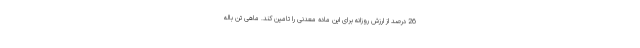
26 درصد از ارزش روزانه برای این ماده معدنی را تامین کند. ماهی تن باله